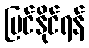
မြင်နိုင်ရန်